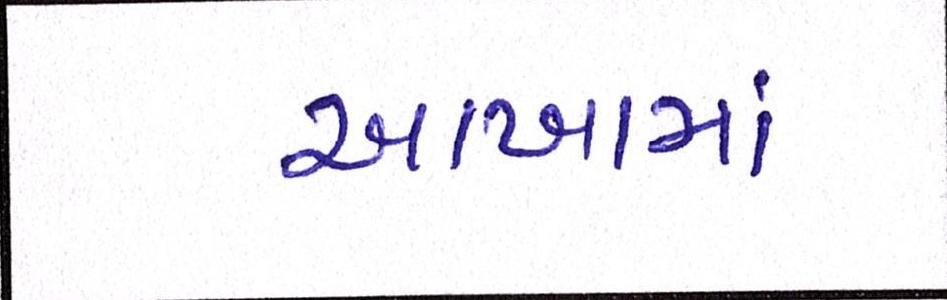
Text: આખામાં